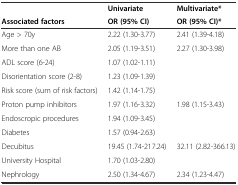
|  | Univariate | Multivariate* |
 | Associated factors | OR (95% CI) | OR (95% CI)* |
 | --- | --- | --- |
 | Age > 70y | 2.22 (1.30-3.77) | 2.41 (1.39-4.18) |
 | More than one AB | 2.05 (1.19-3.51) | 2.27 (1.30-3.98) |
 | ADL score (6-24) | 1.07 (1.02-1.11) |  |
 | Disorientation score (2-8) | 1.23 (1.09-1.39) |  |
 | Risk score (sum of risk factors) | 1.42 (1.14-1.75) |  |
 | Proton pump inhibitors | 1.97 (1.16-3.32) | 1.98 (1.15-3.43) |
 | Endoscropic procedures | 1.94 (1.09-3.45) |  |
 | Diabetes | 1.57 (0.94-2.63) |  |
 | Decubitus | 19.45 (1.74-217.24) | 32.11 (2.82-366.13) |
 | University Hospital | 1.70 (1.03-2.80) |  |
 | Nephrology | 2.50 (1.34-4.67) | 2.34 (1.23-4.47) |